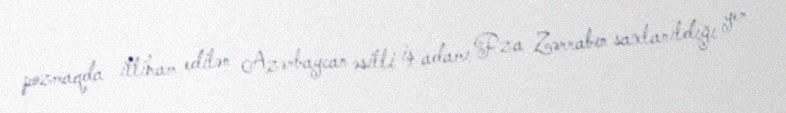
pozmaqda ittiham edilən Azərbaycan əsilli iş adamı Rza Zərrabın saxlanıldığı yer